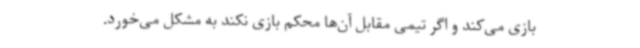
بازی می‌کند و اگر تیمی مقابل آن‌ها محکم بازی نکند به مشکل می‌خورد.